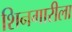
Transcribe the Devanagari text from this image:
शिनगारीला